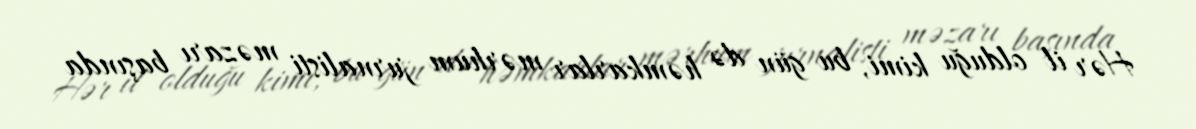
Hər il olduğu kimi, bu gün də həmkarlar mərhum jurnalisti məzarı başında